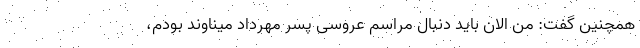
همچنین گفت: من الان باید دنبال مراسم عروسی پسر مهرداد میناوند بودم،